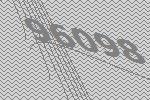
96098